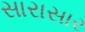
સારાસાર